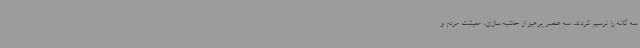
سه گانه را ترسیم کردند. سه عنصر پرهیز از حاشیه سازی، معیشت مردم و